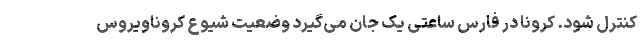
کنترل شود. کرونا در فارس ساعتی یک جان می‌گیرد وضعیت شیوع کروناویروس